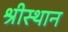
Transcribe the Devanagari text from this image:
श्रीस्थान